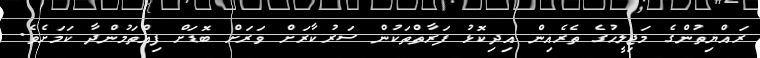
ރައްޔިތުންގެ މަޖިލީހުގެ ތެރެއިން އިދިކޮޅު ފަރާތްތަކުން ސަރުކާރަށް ވަރަށް ބޮޑަށް ފިއްތަމުންދާ ކަމަށެވެ.